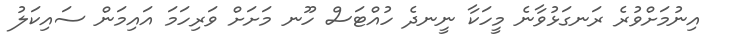
އިނުމަށްވުރެ ރަނގަޅުވާނެ މީހަކާ ނީނދެ ހުއްޓަސް ހޫނ މަށަށް ވަރިހަމަ އައިމަން ސައިކަލު